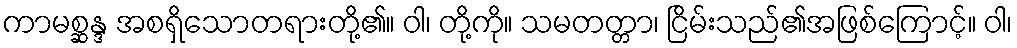
ကာမစ္ဆန္ဒ အစရှိသောတရားတို့၏။ ဝါ၊ တို့ကို။ သမတတ္တာ၊ ငြိမ်းသည်၏အဖြစ်ကြောင့်။ ဝါ၊